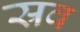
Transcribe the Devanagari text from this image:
स्रव